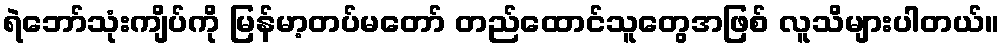
ရဲဘော်သုံးကျိပ်ကို မြန်မာ့တပ်မတော် တည်ထောင်သူတွေအဖြစ် လူသိများပါတယ်။